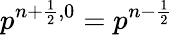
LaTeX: p^{n+\frac{1}{2},0}=p^{n-\frac{1}{2}}